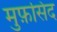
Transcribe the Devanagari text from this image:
मुफ़सिद